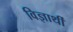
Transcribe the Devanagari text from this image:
विज्ञार्थी